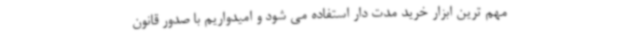
مهم ترین ابزار خرید مدت دار استفاده می شود و امیدواریم با صدور قانون